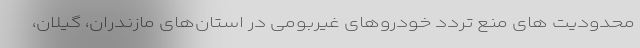
محدودیت های منع تردد خودروهای غیربومی در استان‌های مازندران، گیلان،